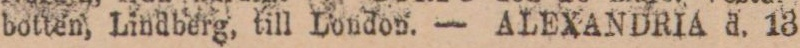
botten, Lindberg, till London. — ALEXANDRIA d. 13